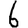
Digit: 6